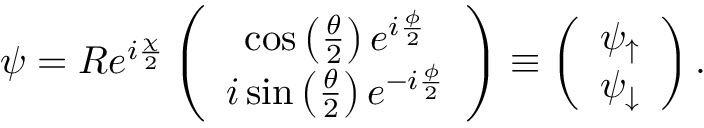
\psi = R e ^ { i \frac { \chi } { 2 } } \left( \begin{array} { c } { \cos \left( \frac { \theta } { 2 } \right) e ^ { i \frac { \phi } { 2 } } } \\ { i \sin \left( \frac { \theta } { 2 } \right) e ^ { - i \frac { \phi } { 2 } } } \end{array} \right) \equiv \left( \begin{array} { c } { \psi _ { \uparrow } } \\ { \psi _ { \downarrow } } \end{array} \right) .